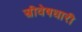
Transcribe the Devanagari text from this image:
स्त्रीवेषधारी